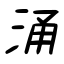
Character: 涌